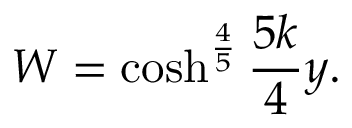
W = \cosh ^ { \frac { 4 } { 5 } } \frac { 5 k } { 4 } y .